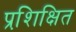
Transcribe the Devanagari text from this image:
प्रशि़क्षित